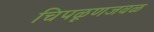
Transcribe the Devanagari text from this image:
चिपळूणजवळ